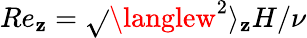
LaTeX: Re_{\mathbf{z}}=\sqrt{}{{\langlew^{2}\rangle_{\mathbf{z}}}}H/\nu